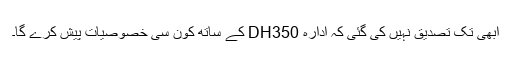
ابھی تک تصدیق نہیں کی گئی کہ ادارہ DH350 کے ساتھ کون سی خصوصیات پیش کرے گا۔